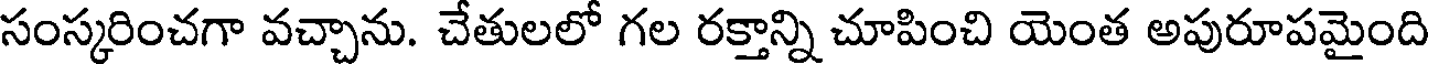
సంస్కరించగా వచ్చాను. చేతులలో గల రక్తాన్ని చూపించి యెంత అపురూపమైంది